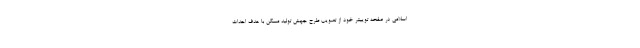
اسلامی در صفحه توییتر خود از تصویب طرح جهش تولید مسکن با هدف احداث